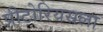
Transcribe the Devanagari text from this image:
प्रीटोरियसला